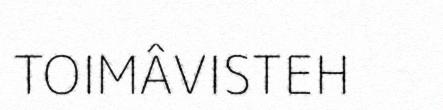
TOIMÂVISTEH